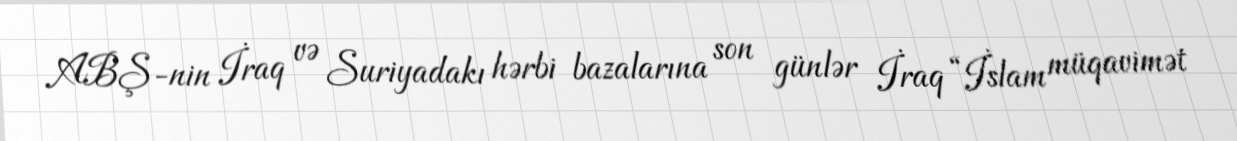
ABŞ-nin İraq və Suriyadakı hərbi bazalarına son günlər İraq “İslam müqavimət